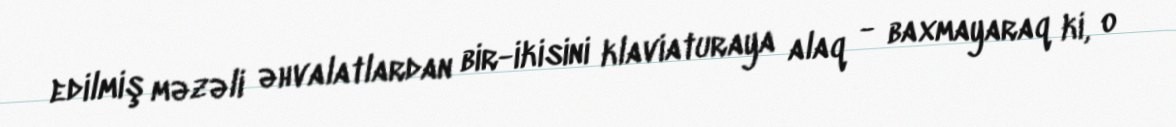
edilmiş məzəli əhvalatlardan bir-ikisini klaviaturaya alaq - baxmayaraq ki, o